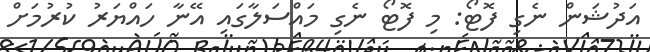
އަދުޝަން ނެގި ފޮޓޯ: މި ފޮޓޯ ނެގި މައްސަލާގައި އޭނާ ހައްޔަރު ކުރުމަށް